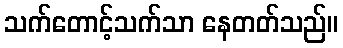
သက်တောင့်သက်သာ နေတတ်သည်။